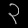
Digit: ၃